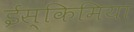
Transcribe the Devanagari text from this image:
ईस्किमिया